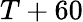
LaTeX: T+60